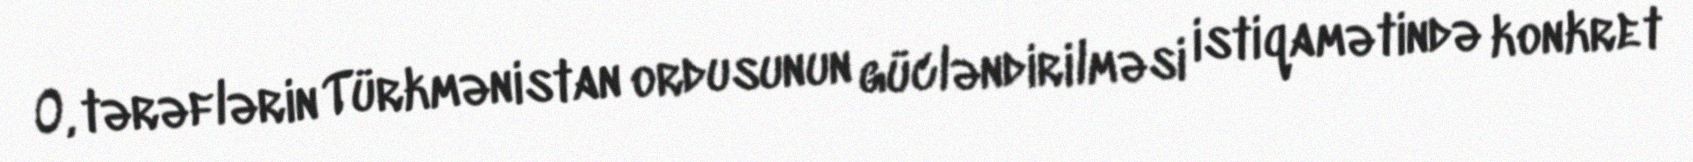
O, tərəflərin Türkmənistan ordusunun gücləndirilməsi istiqamətində konkret